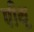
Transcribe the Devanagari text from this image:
पीथू